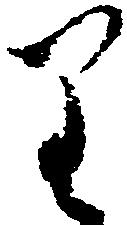
り